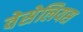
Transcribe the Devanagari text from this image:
वेसेलियस